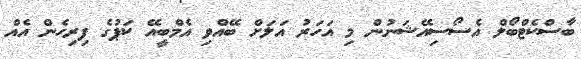
ބާސްކެޓްބޯލް އެސޯސިއޭޝަނުން މި އަހަރު އަލަށް ބޭއްވި އެމްބީއޭ ކަޕުގެ ފިރިހެން އެއް